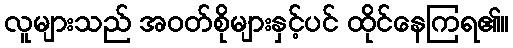
လူများသည် အဝတ်စိုများနှင့်ပင် ထိုင်နေကြရ၏။